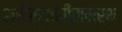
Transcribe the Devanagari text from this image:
श्रीस्वामीसमर्थ